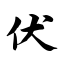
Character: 伏